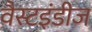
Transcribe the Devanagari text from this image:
वैस्टइंडीज